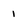
Character: 1